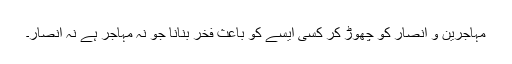
مہاجرین و انصار کو چھوڑ کر کسی ایسے کو باعث فخر بنانا جو نہ مہاجر ہے نہ انصار۔